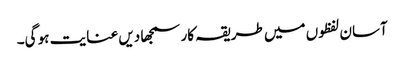
آسان لفظوں میں طریقہ کار سمجھا دیں عنایت ہو گی۔